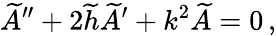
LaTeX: \widetilde{A}^{\prime\prime}+2\widetilde{h}\widetilde{A}^{\prime}+k^{2}\widetilde{A}=0\, ,